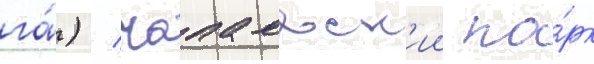
га́) / чапаевск'ии па́рк